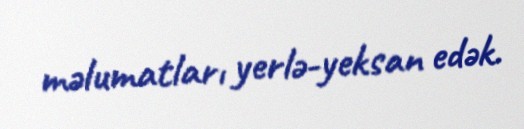
məlumatları yerlə-yeksan edək.